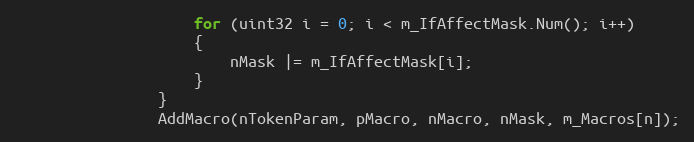
Language: C++
					for (uint32 i = 0; i < m_IfAffectMask.Num(); i++)
					{
						nMask |= m_IfAffectMask[i];
					}
				}
				AddMacro(nTokenParam, pMacro, nMacro, nMask, m_Macros[n]);